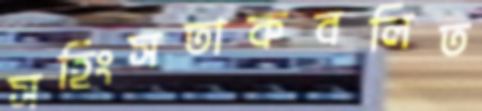
সহিংসতাকবলিত